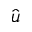
\hat { \boldsymbol u }